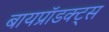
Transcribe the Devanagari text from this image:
बायप्रॉडक्ट्स